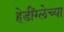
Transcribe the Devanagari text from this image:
हेडींग्लेच्या